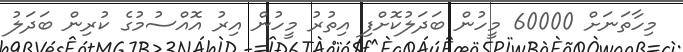
މިހާތަނަށް 60000 މީހުން ބަދަލުކޮށްފި އިތުރު މީހުން އިރު އޮއްސުމުގެ ކުރިން ބަދަލު